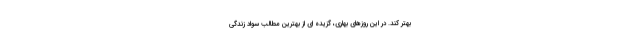
بهتر کند. در این روزهای بهاری، گزیده ای از بهترین مطالب سواد زندگی